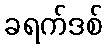
ခရက်ဒစ်